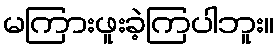
မကြားဖူးခဲ့ကြပါဘူး။